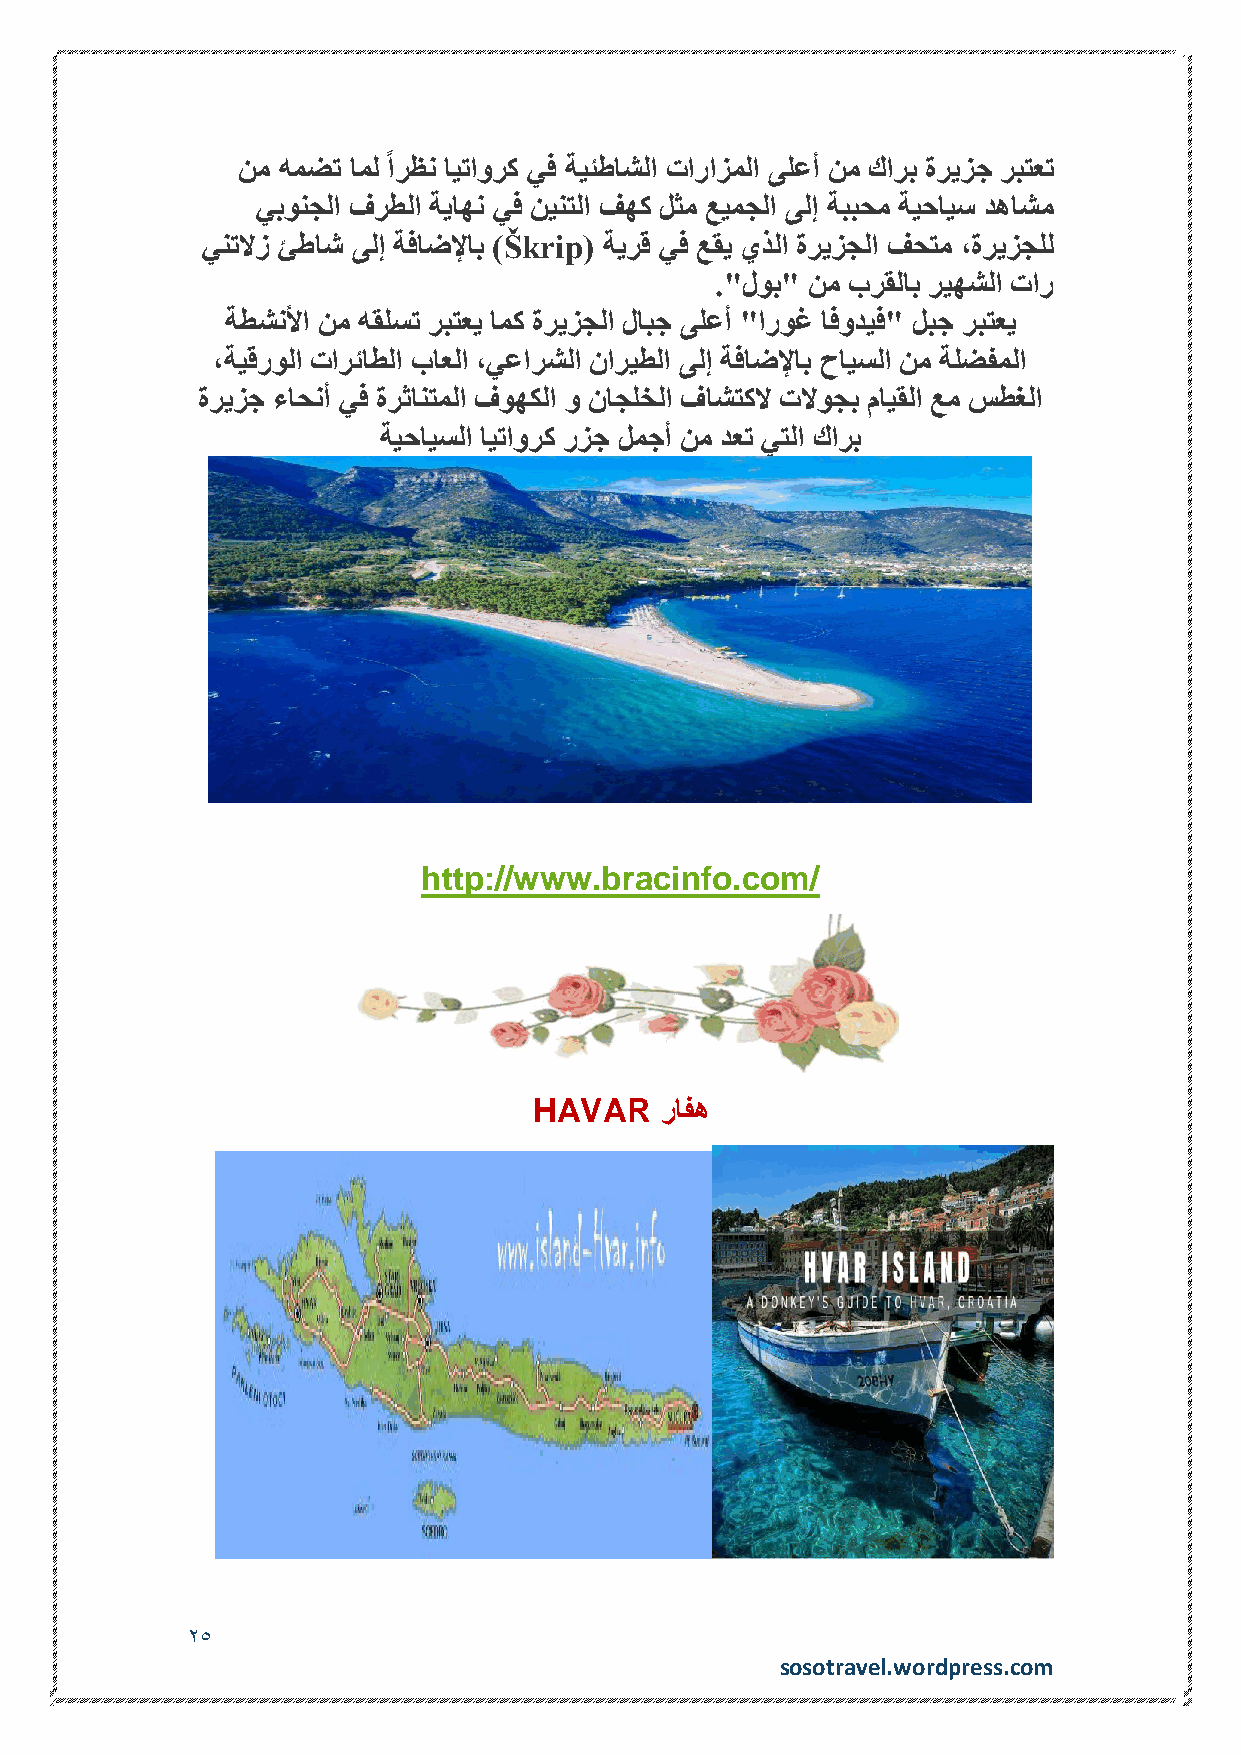
نم همضت امل ًارظن ايتاورك يف ةيئطاشلا تارازملا ىلعأ نم كارب ةريزج ربتعت
 يبونجلا فرطلا ةياهن يف نينتلا فهك لثم عيمجلا ىلإ ةببحم ةيحايس دهاشم
 ينتلاز ئطاش ىلإ ةفاضلإاب )Škrip( ةيرق يف عقي يذلا ةريزجلا فحتم ،ةريزجلل
 ."لوب" نم برقلاب ريهشلا تار
 ةطشنلأا نم هقلست ربتعي امك ةريزجلا لابج ىلعأ "اروغ افوديف" لبج ربتعي
 ،ةيقرولا تارئاطلا باعلا ،يعارشلا ناريطلا ىلإ ةفاضلإاب حايسلا نم ةلضفملا
 ةريزج ءاحنأ يف ةرثانتملا فوهكلا و ناجلخلا فاشتكلا تلاوجب مايقلا عم سطغلا
 ةيحايسلا ايتاورك رزج لمجأ نم دعت يتلا كارب
 http://www.bracinfo.com/
 HAVAR    رافه
 25
 sosotravel.wordpress.com